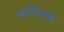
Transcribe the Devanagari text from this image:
प्रायिजक